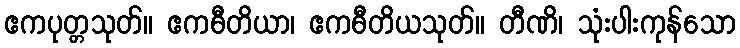
ဧကပုတ္တသုတ်။ ဧကဓီတိယာ၊ ဧကဓီတိယသုတ်။ တီဏိ၊ သုံးပါးကုန်သော